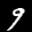
Label: 9